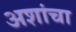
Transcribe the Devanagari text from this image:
अशांचा